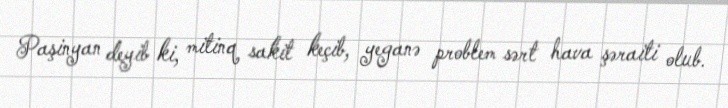
Paşinyan deyib ki, mitinq sakit keçib, yeganə problem sərt hava şəraiti olub.